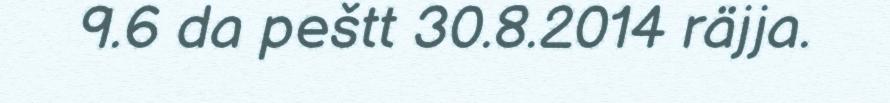
9.6 da peštt 30.8.2014 räjja.